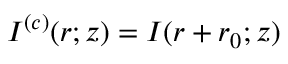
\begin{array} { r } { I ^ { ( c ) } ( \boldsymbol { r } ; z ) = I ( \boldsymbol { r } + \boldsymbol { r } _ { 0 } ; z ) } \end{array}